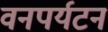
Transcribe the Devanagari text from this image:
वनपर्यटन